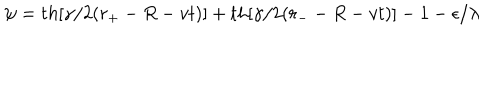
\psi = t h [ \gamma / 2 ( r _ { + } - R - v t ) ] + t h [ \gamma / 2 ( r _ { - } - R - v t ) ] - 1 - \epsilon / \lambda